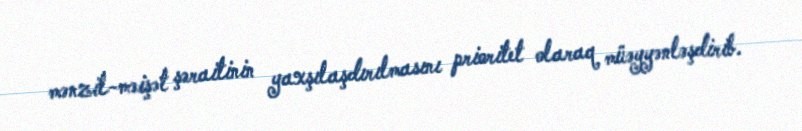
mənzil-məişət şəraitinin yaxşılaşdırılmasını prioritet olaraq müəyyənləşdirib.